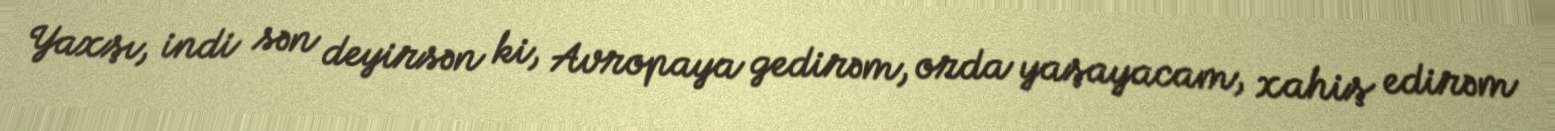
Yaxşı, indi sən deyirsən ki, Avropaya gedirəm, orda yaşayacam, xahiş edirəm